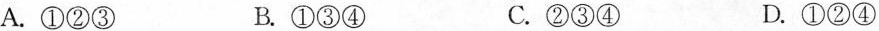
A.①②③ B.①③④ C.②③④ D.①②④